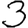
Digit: 3